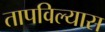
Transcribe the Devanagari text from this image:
तापविल्यास